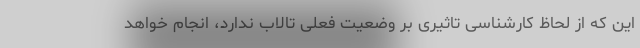
این که از لحاظ کارشناسی تاثیری بر وضعیت فعلی تالاب ندارد، انجام خواهد